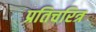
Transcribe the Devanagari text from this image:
प्रतिचरित्र